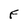
Character: F